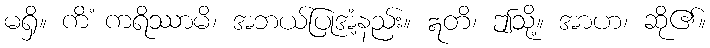
မရှိ။ ကိံ ကရိဿာမိ၊ အဘယ်ပြုအံ့နည်း။ ဣတိ၊ ဤသို့။ အာဟ၊ ဆို၏။